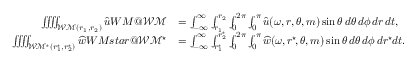
\begin{array} { r l } { \iiiint _ { { \mathcal { W M } } ( r _ { 1 } , r _ { 2 } ) } { \widehat { u } } \index { W M @ { \mathcal { W M } } } } & { = \int _ { - \infty } ^ { \infty } \int _ { r _ { 1 } } ^ { r _ { 2 } } \int _ { 0 } ^ { 2 \pi } \int _ { 0 } ^ { \pi } { \widehat { u } } ( \omega , r , \theta , m ) \sin \theta \, d \theta \, d \phi \, d r \, d t , } \\ { \iiiint _ { { \mathcal { W M } ^ { \star } } ( r _ { 1 } ^ { \star } , r _ { 2 } ^ { \star } ) } \widehat { w } \index { W M s t a r @ { \mathcal { W M } ^ { \star } } } } & { = \int _ { - \infty } ^ { \infty } \int _ { r _ { 1 } ^ { \star } } ^ { r _ { 2 } ^ { \star } } \int _ { 0 } ^ { 2 \pi } \int _ { 0 } ^ { \pi } \widehat { w } ( \omega , r ^ { \star } \! , \theta , m ) \sin \theta \, d \theta \, d \phi \, d r ^ { \star } \! \, d t . } \end{array}